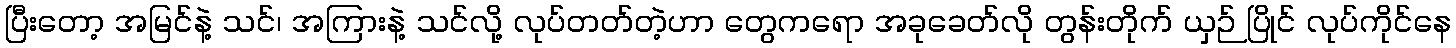
ပြီးတော့ အမြင်နဲ့ သင်၊ အကြားနဲ့ သင်လို့ လုပ်တတ်တဲ့ဟာ တွေကရော အခုခေတ်လို တွန်းတိုက် ယှဉ် ပြိုင် လုပ်ကိုင်နေ